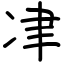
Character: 冿